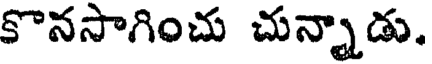
కొనసాగించు చున్నాడు.